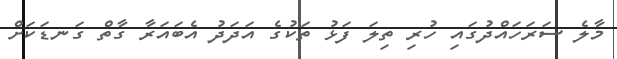
މާލެ ސަރަހައްދުގައި ހުރި ތިލަ ފަޅު ތަކުގެ އަދަދު އެބައަރާ ގާތް ގަނޑަކަށް